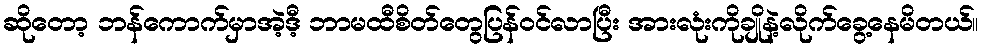
ဆိုတော့ ဘန်ကောက်မှာအဲ့ဒီ့ ဘာမထီစိတ်တွေပြန်ဝင်လာပြီး အားလုံးကိုချိုနဲ့လိုက်ခွေ့နေမိတယ်။